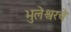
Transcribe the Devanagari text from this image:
भुलेश्वरचे